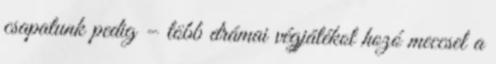
csapatunk pedig – több drámai végjátékot hozó meccsel a